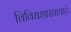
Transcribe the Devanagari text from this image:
विविधशाखावाटे